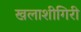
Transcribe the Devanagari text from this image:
खलाशीगिरी